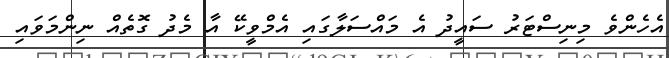
އެހެންވެ މިނިސްޓަރު ސައީދު އެ މައްސަލާގައި އެމްވީކޭ އާ މެދު ގޮތެއްް ނިންމަވައި